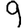
Digit: 9